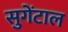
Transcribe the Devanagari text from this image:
सुगेंटाल